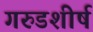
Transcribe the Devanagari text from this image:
गरुडशीर्ष